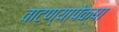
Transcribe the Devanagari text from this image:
वाटण्यापेक्षा